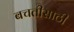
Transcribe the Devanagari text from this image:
बचतीसाठी